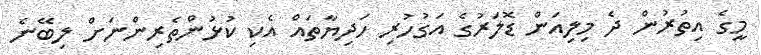
މީގެ އިތުރުން ދެ މިލިއަން ޑޮލަރުގެ އަގުހުރި ހަދިޔާތައް އެކި ކުޅުންތެރިންނަށް ލިބޭނެ